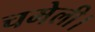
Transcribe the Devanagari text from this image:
चमेली।